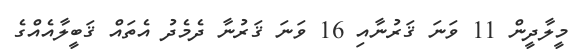
މީލާދީން 11 ވަނަ ޤަރުނާއި 16 ވަނަ ޤަރުނާ ދެމެދު އެތައް ޤަބީލާއެއްގެ